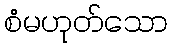
စံမဟုတ်သော